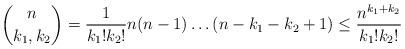
LaTeX: \begin{align*}{n \choose k_1,k_2} = \frac{1}{k_1!k_2!}n(n-1)\ldots (n-k_1-k_2+1) \leq \frac{n^{k_1+k_2}}{k_1!k_2!}\end{align*}